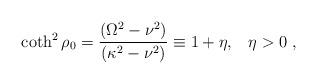
LaTeX: \begin{align*}\coth^2\rho_0={(\Omega^2-\nu^2)\over(\kappa^2-\nu^2)}\equiv 1+\eta,\;\;\;\eta >0\;,\end{align*}